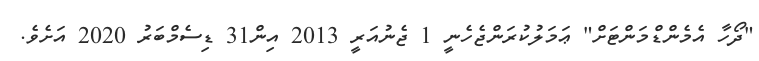
"ދޯހާ އެމެންޑްމަންޓަށް" ޢަމަލުކުރަންޖެހެނީ 1 ޖެނުއަރީ 2013 އިން31 ޑިސެމްބަރު 2020 އަށެވެ.